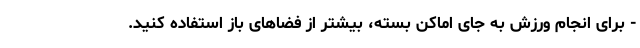
- برای انجام ورزش به جای اماکن بسته، بیشتر از فضاهای باز استفاده کنید.